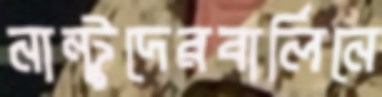
নান্টুদেরবার্লিনে